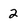
Character: 2